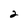
Character: 2